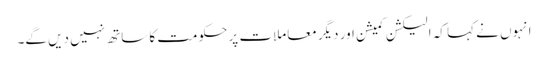
انہوں نے کہا کہ الیکشن کمیشن اور دیگر معاملات پر حکومت کا ساتھ نہیں دیں گے۔